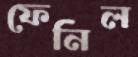
ফেনিল